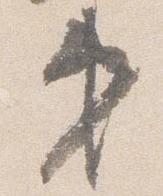
第